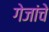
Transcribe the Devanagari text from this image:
गेजांचे